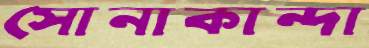
সোনাকান্দা